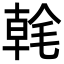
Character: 㲦